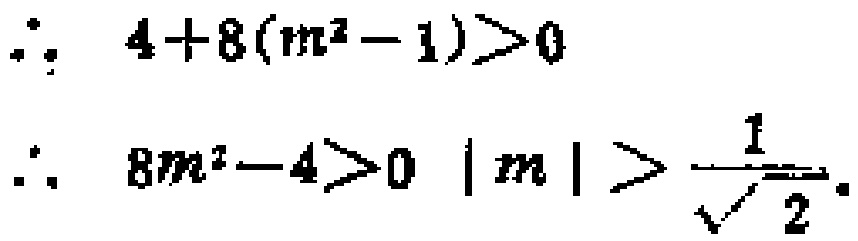
\[
\begin{align*}
\therefore\ 4 + 8(m^{2}-1)&>0\\
\therefore\ 8m^{2}-4&>0\quad |m|>\frac{1}{\sqrt{2}}.
\end{align*}
\]